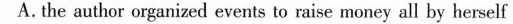
A.the authar organiaed events to rise money all by herself